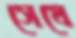
সেযে